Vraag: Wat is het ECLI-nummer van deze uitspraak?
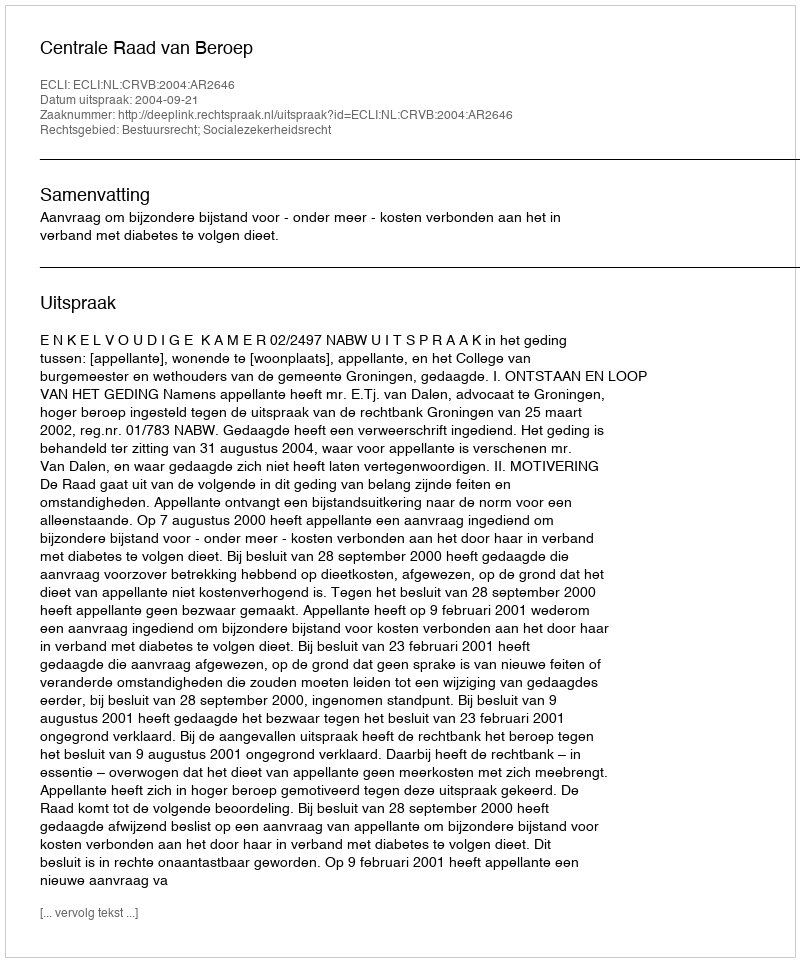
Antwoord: ECLI:NL:CRVB:2004:AR2646